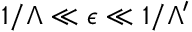
1 / \Lambda \ll \epsilon \ll 1 / \Lambda ^ { \prime }